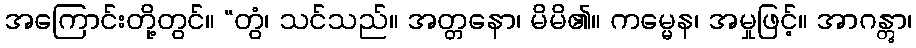
အကြောင်းတို့တွင်။ “တွံ၊ သင်သည်။ အတ္တနော၊ မိမိ၏။ ကမ္မေန၊ အမှုဖြင့်။ အာဂန္တွာ၊